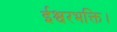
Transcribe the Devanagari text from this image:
ईश्वरभक्ति।